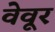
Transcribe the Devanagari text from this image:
वेवूर